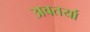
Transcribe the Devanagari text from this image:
अवतर्या